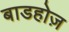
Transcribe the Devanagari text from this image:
बाडहोज़